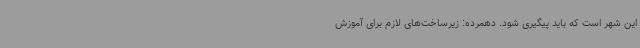
این شهر است که باید پیگیری شود. دهمرده: زیرساخت‌های لازم برای آموزش